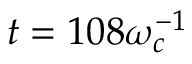
t = 1 0 8 \omega _ { c } ^ { - 1 }